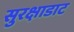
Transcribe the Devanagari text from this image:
सुरक्षाडाट